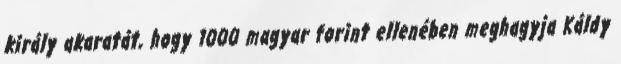
király akaratát, hogy 1000 magyar forint ellenében meghagyja Káldy